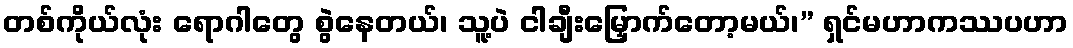
တစ်ကိုယ်လုံး ရောဂါတွေ စွဲနေတယ်၊ သူ့ပဲ ငါချီးမြှောက်တော့မယ်၊” ရှင်မဟာကဿပဟာ